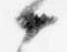
候